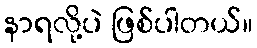
နာရလို့ပဲ ဖြစ်ပါတယ်။